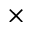
\times